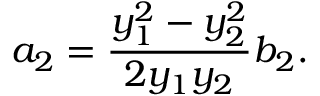
a _ { 2 } = \frac { y _ { 1 } ^ { 2 } - y _ { 2 } ^ { 2 } } { 2 y _ { 1 } y _ { 2 } } b _ { 2 } .